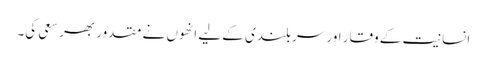
انسانیت کے وقار اور سربلندی کے لیے انھوں نے مقدور بھر سعی کی۔